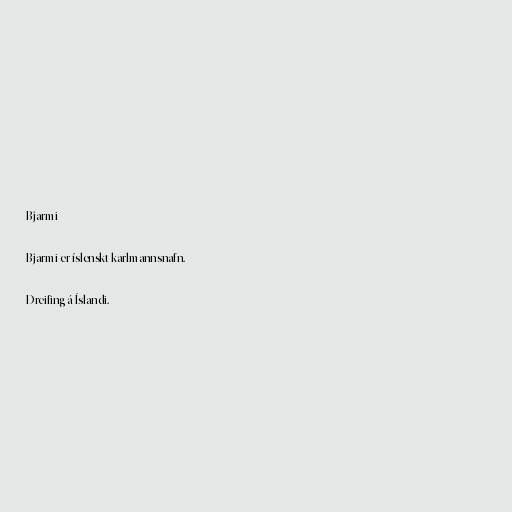
Bjarmi

Bjarmi er íslenskt karlmannsnafn.

Dreifing á Íslandi.